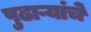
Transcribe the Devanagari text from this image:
पुढाऱ्यांचे